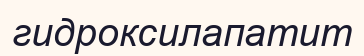
гидроксилапатит